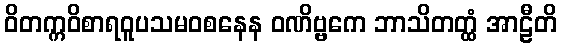
ဝိတက္ကဝိစာရဝူပသမဝစနေန ဝဏိဗ္ဗကေ ဘာသိတတ္ထံ အာဠီတိ